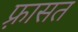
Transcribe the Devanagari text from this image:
फ़्रासत